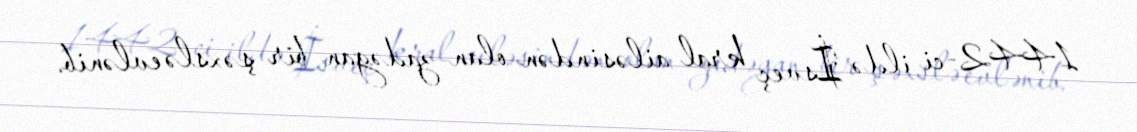
1442-ci ildə İsveç kral ailəsindən olan zadəgan bir şəxslə evlənib.